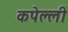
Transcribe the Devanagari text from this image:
कपेल्ली